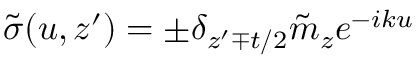
\tilde { \sigma } ( u , z ^ { \prime } ) = \pm \delta _ { z ^ { \prime } \mp t / 2 } \tilde { m } _ { z } e ^ { - i k u }